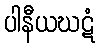
ပါနီယဃဋံ